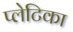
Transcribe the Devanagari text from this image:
प्लेटिका